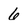
Character: 6